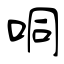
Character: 哃